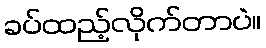
ခပ်ထည့်လိုက်တာပဲ။